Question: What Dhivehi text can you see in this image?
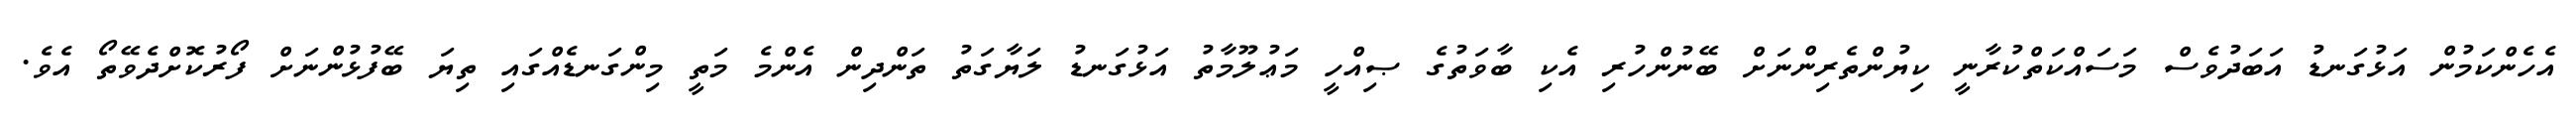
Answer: އެހެންކަމުން އަޅުގަނޑު އަބަދުވެސް މަސައްކަތްކުރާނީ ކިޔުންތެރިންނަށް ބޭނުންހުރި އެކި ބާވަތުގެ ޞިއްހީ މަޢުލޫމާތު އަޅުގަނޑު ލަޔާގަތު ތަންދިން އެންމެ މަތީ މިންގަނޑެއްގައި ތިޔަ ބޭފުޅުންނަށް ފޯރުކޮށްދެވޭތޯ އެވެ.